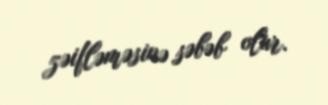
zəifləməsinə səbəb olur.